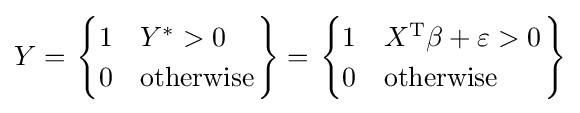
Y=\left.{\begin{cases}1&Y^{*}>0\\0&{\text{otherwise}}\end{cases}}\right\}=\left.{\begin{cases}1&X^{\operatorname {T} }\beta +\varepsilon >0\\0&{\text{otherwise}}\end{cases}}\right\}